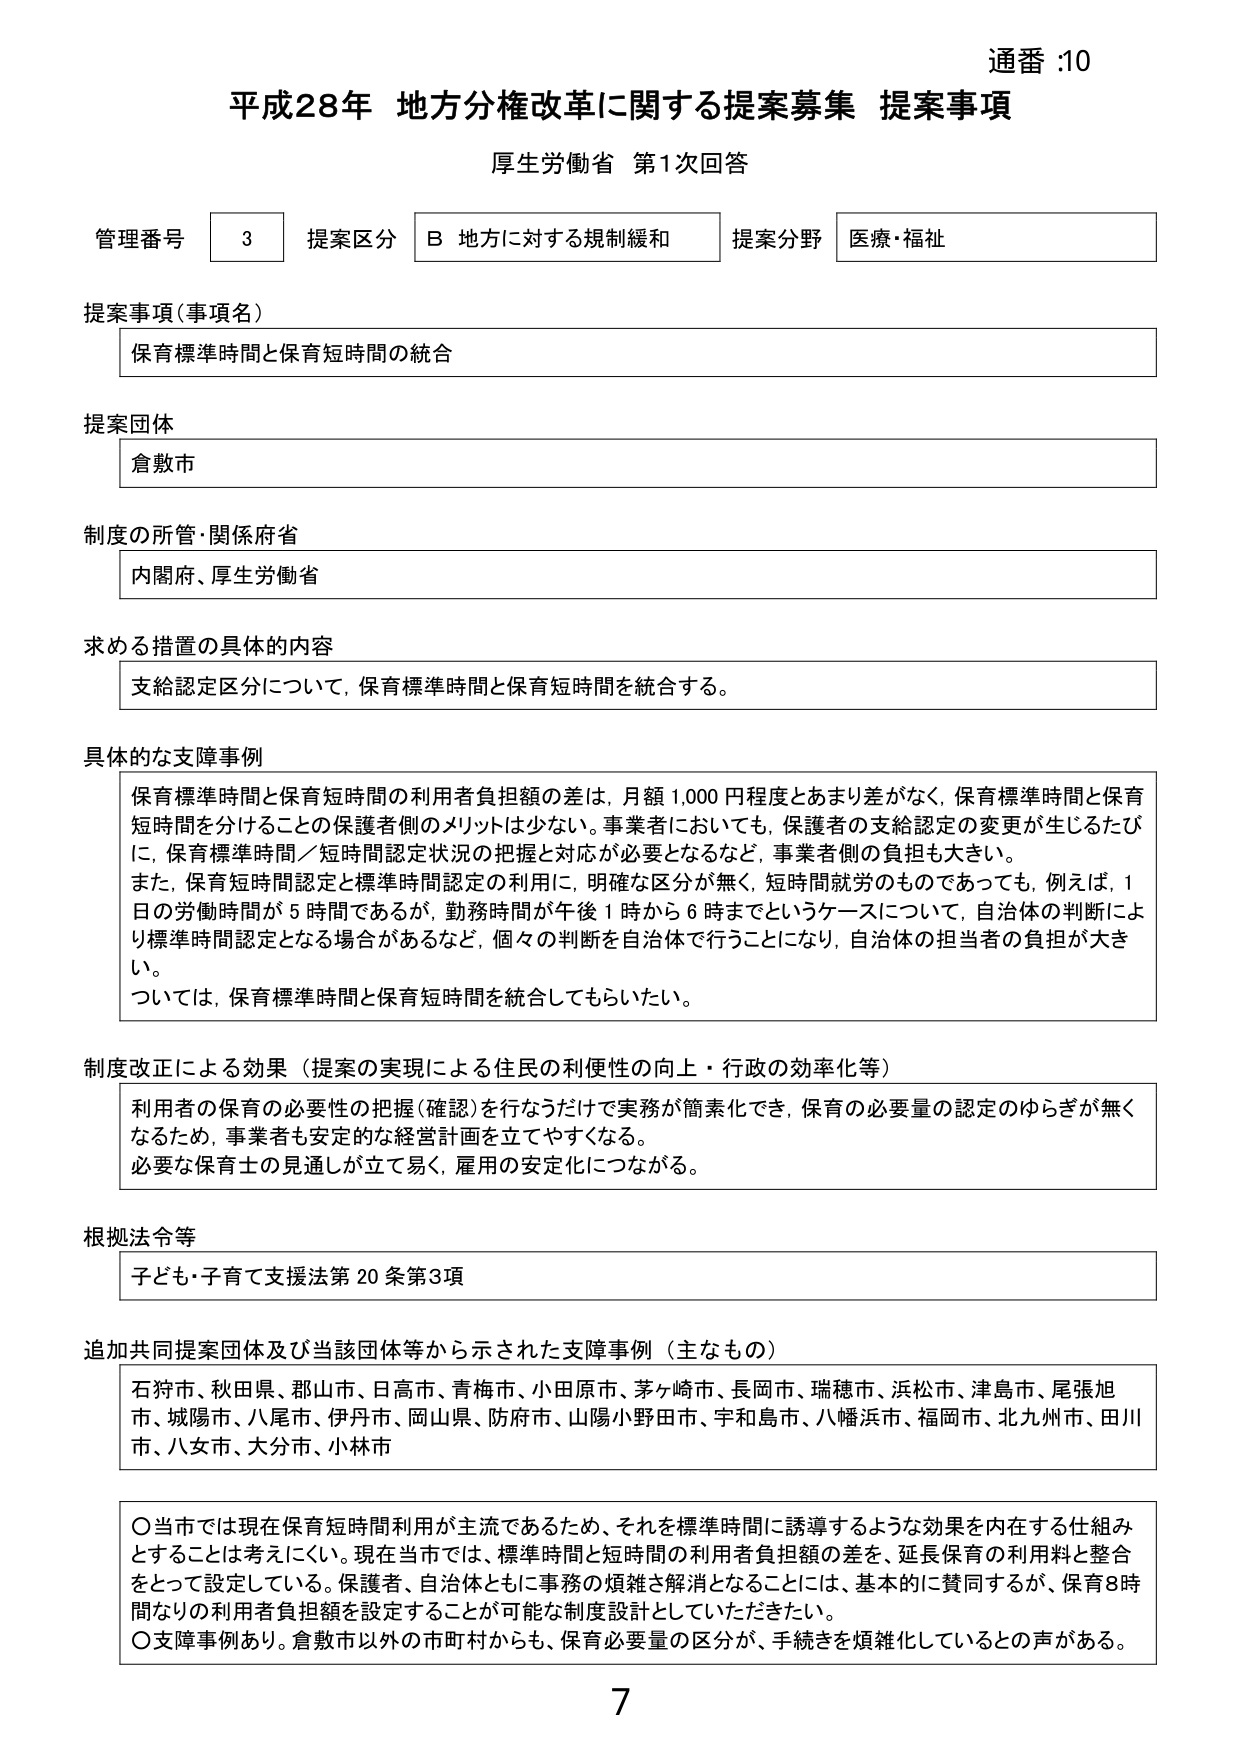
通番 :10
平成28年 地方分権改革に関する提案募集 提案事項
厚生労働省 第1次回答

管理番号 3 提案区分 B 地方に対する規制緩和 提案分野 医療・福祉

提案事項（事項名）
保育標準時間と保育短時間の統合

提案団体
倉敷市

制度の所管・関係府省
内閣府、厚生労働省

求める措置の具体的内容
支給認定区分について、保育標準時間と保育短時間を統合する。

具体的な支障事例
保育標準時間と保育短時間の利用者負担額の差は、月額1,000円程度とあまり差がなく、保育標準時間と保育短時間を分けることの保護者側のメリットは少ない。事業者においても、保護者の支給認定の変更が生じるたびに、保育標準時間／短時間認定状況の把握と対応が必要となるなど、事業者側の負担も大きい。
また、保育短時間認定と標準時間認定の利用に、明確な区分が無く、短時間就労のものであっても、例えば、1日の労働時間が5時間であるが、勤務時間が午後1時から6時までというケースについて、自治体の判断により標準時間認定となる場合があるなど、個々の判断を自治体で行うことになり、自治体の担当者の負担が大きい。
ついては、保育標準時間と保育短時間を統合してもらいたい。

制度改正による効果（提案の実現による住民の利便性の向上・行政の効率化等）
利用者の保育の必要性の把握（確認）を行なうだけで実務が簡素化でき、保育の必要量の認定のゆらぎが無くなるため、事業者も安定的な経営計画を立てやすくなる。
必要な保育士の見通しが立て易く、雇用の安定化につながる。

根拠法令等
子ども・子育て支援法第20条第3項

追加共同提案団体及び当該団体等から示された支障事例（主なもの）
石狩市、秋田県、郡山市、日高市、青梅市、小田原市、茅ヶ崎市、長岡市、瑞穂市、浜松市、津島市、尾張旭市、城陽市、八尾市、伊丹市、岡山県、防府市、山陽小野田市、宇和島市、八幡浜市、福岡市、北九州市、田川市、八女市、大分市、小林市

〇当市では現在保育短時間利用が主流であるため、それを標準時間に誘導するような効果を内在する仕組みとすることは考えにくい。現在当市では、標準時間と短時間の利用者負担額の差を、延長保育の利用料と整合をとって設定している。保護者、自治体ともに事務の煩雑さ解消となることには、基本的に賛同するが、保育8時間なりの利用者負担額を設定することが可能な制度設計としていただきたい。
〇支障事例あり。倉敷市以外の市町村からも、保育必要量の区分が、手続きを煩雑化しているとの声がある。

7